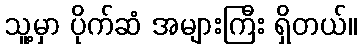
သူ့မှာ ပိုက်ဆံ အများကြီး ရှိတယ်။